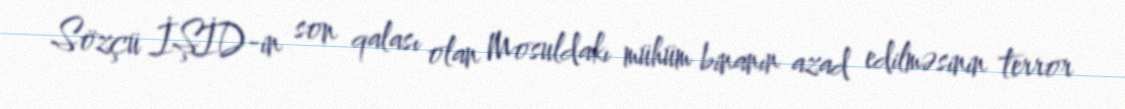
Sözçü İŞİD-in son qalası olan Mosuldakı mühüm binanın azad edilməsinin terror